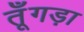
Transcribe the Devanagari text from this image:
तूँगड़ा